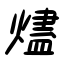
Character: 燼